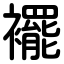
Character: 襬